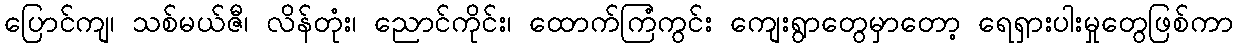
ပြောင်ကျ၊ သစ်မယ်ဇီ၊ လိန်တုံး၊ ညောင်ကိုင်း၊ ထောက်ကြံကွင်း ကျေးရွာတွေမှာတော့ ရေရှားပါးမှုတွေဖြစ်ကာ